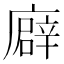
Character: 廦